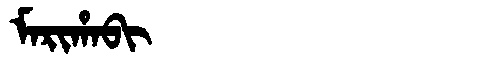
Manchu: ᠮᠠᡵᡳᡥᠠᠪᡳ
Romanization: MARIHABI